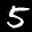
Label: 5